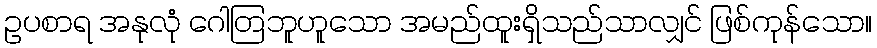
ဥပစာရ အနုလုံ ဂေါတြဘူဟူသော အမည်ထူးရှိသည်သာလျှင် ဖြစ်ကုန်သော။